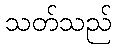
သတ်သည်